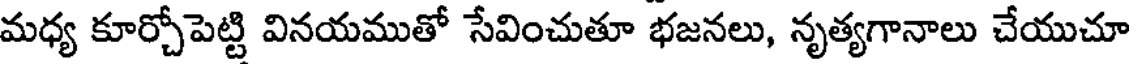
మధ్య కూర్చోపెట్టి వినయముతో సేవించుతూ భజనలు, నృత్యగానాలు చేయుచూ